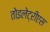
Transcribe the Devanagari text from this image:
तोइलेट्रीएस